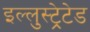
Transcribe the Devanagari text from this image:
इल्लुस्ट्रेटेड